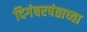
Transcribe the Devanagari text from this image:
दिगंबरपंताच्या